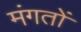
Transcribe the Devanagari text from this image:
मंगतों